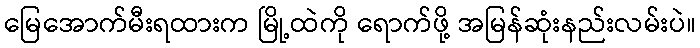
မြေအောက်မီးရထားက မြို့ထဲကို ရောက်ဖို့ အမြန်ဆုံးနည်းလမ်းပဲ။